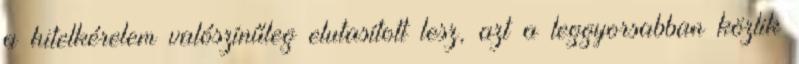
a hitelkérelem valószínűleg elutasított lesz, azt a leggyorsabban közlik